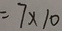
= 7 \times 1 0